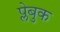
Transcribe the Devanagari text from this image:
प्लेबुक